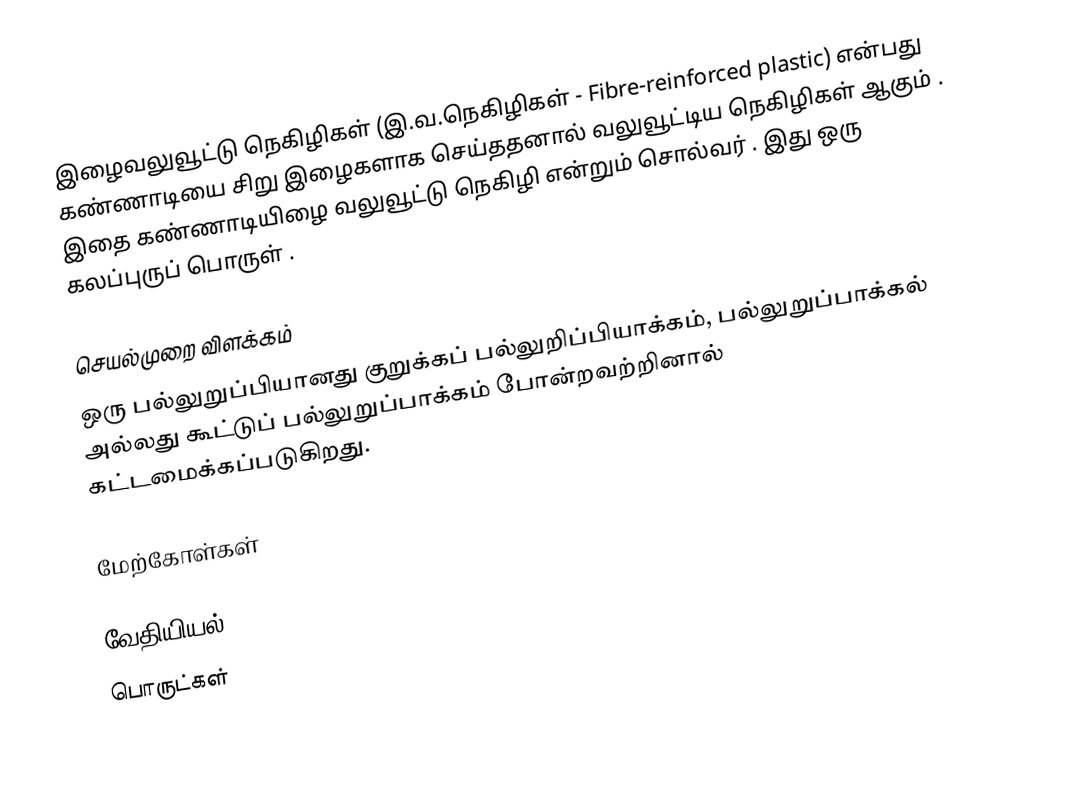
இழைவலுவூட்டு நெகிழிகள் (இ.வ.நெகிழிகள் - Fibre-reinforced plastic) என்பது கண்ணாடியை  சிறு இழைகளாக செய்ததனால் வலுவூட்டிய நெகிழிகள் ஆகும் . இதை கண்ணாடியிழை வலுவூட்டு நெகிழி என்றும் சொல்வர் . இது ஒரு கலப்புருப் பொருள் .

செயல்முறை விளக்கம்
ஒரு பல்லுறுப்பியானது குறுக்கப் பல்லுறிப்பியாக்கம், பல்லுறுப்பாக்கல் அல்லது கூட்டுப் பல்லுறுப்பாக்கம் போன்றவற்றினால் கட்டமைக்கப்படுகிறது.

மேற்கோள்கள்

வேதியியல்
பொருட்கள்